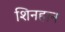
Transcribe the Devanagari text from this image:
शिनहान